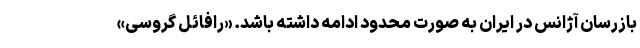
بازرسان آژانس در ایران به صورت محدود ادامه داشته باشد. «رافائل گروسی»